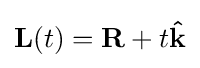
\mathbf {L} (t)=\mathbf {R} +t\mathbf {\hat {k}}